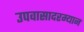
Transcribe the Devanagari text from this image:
उपवासादरम्यान